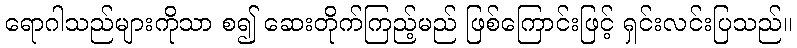
ရောဂါသည်များကိုသာ စ၍ ဆေးတိုက်ကြည့်မည် ဖြစ်ကြောင်းဖြင့် ရှင်းလင်းပြသည်။